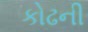
કોઢની